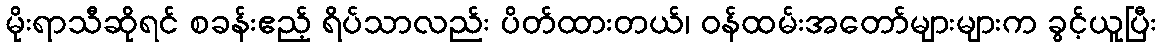
မိုးရာသီဆိုရင် စခန်းဧည့် ရိပ်သာလည်း ပိတ်ထားတယ်၊ ဝန်ထမ်းအတော်များများက ခွင့်ယူပြီး